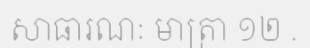
សាធារណៈ មាត្រា ១២ .